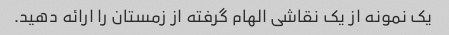
یک نمونه از یک نقاشی الهام گرفته از زمستان را ارائه دهید.